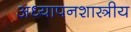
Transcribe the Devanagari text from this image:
अध्यापनशास्त्रीय